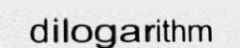
dilogarithm